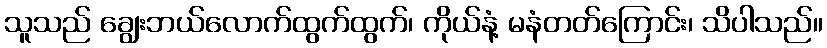
သူသည် ချွေးဘယ်လောက်ထွက်ထွက်၊ ကိုယ်နံ့ မနံတတ်ကြောင်း၊ သိပါသည်။